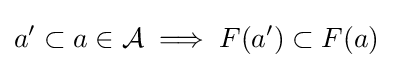
a'\subset a\in {\mathcal {A}}\implies F(a')\subset F(a)